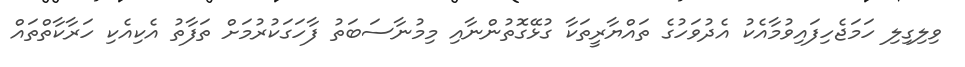
ވިލިގިލި ހަމަޖެހިފައިވުމާއެކު އެދުވަހުގެ ތައްޔާރީތަކާ ގުޅޭގޮތުންނާއި މިމުނާސަބަތު ފާހަގަކުރުމަށް ތަފާތު އެކިއެކި ހަރާކާތްތައް